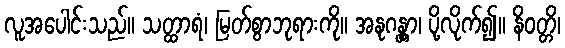
လူအပေါင်းသည်။ သတ္ထာရံ၊ မြတ်စွာဘုရားကို။ အနုဂန္တွာ၊ ပို့လိုက်၍။ နိဝတ္တိ၊